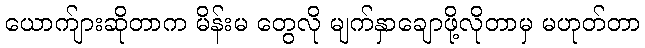
ယောက်ျားဆိုတာက မိန်းမ တွေလို မျက်နှာချောဖို့လိုတာမှ မဟုတ်တာ